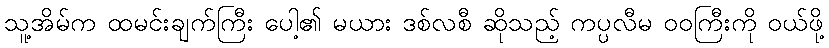
သူ့အိမ်က ထမင်းချက်ကြီး ပေါ့၏ မယား ဒစ်လစီ ဆိုသည့် ကပ္ပလီမ ဝဝကြီးကို ဝယ်ဖို့